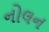
નોલન